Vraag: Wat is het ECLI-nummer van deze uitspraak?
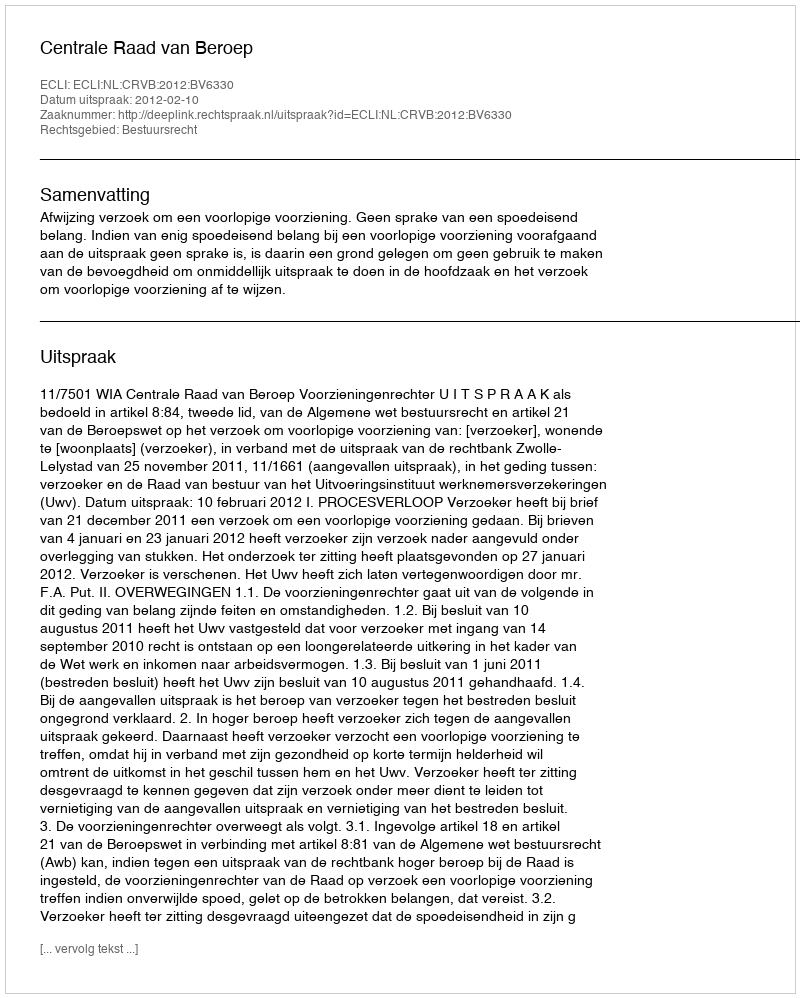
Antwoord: ECLI:NL:CRVB:2012:BV6330